Annual report of the Imperial Bacteriologist
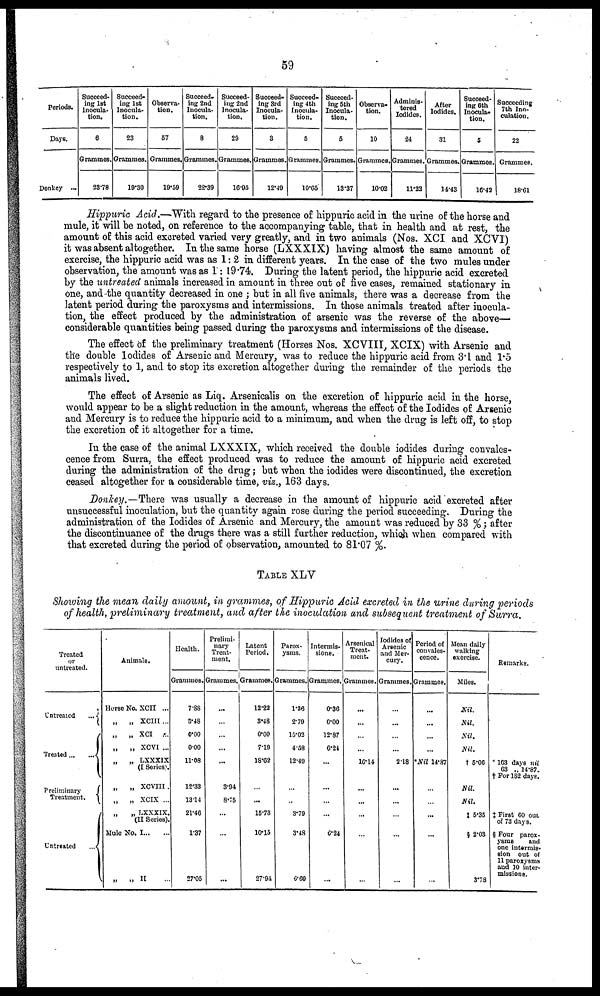
59
Periods.
Days.
Donkey ...
Succeed-
ing 1st
Inocula-
tion.
6
Grammes.
23.78
Succeed-
ing 1st
Inocula-
tion.
23
Grammes.
19.30
Observa-
tion.
57
Grammes.
19.59
Succeed-
ing 2nd
Inocula-
tion.
8
Grammes.
22.39
Succeed-
ing 2nd
Inocula-
tion.
29
Grammes.
16.95
Succeed-
ing 3rd
Inocula-
tion.
3
Grammes.
12.49
Succeed-
ing 4th
Inocula-
tion.
5
Grammes.
10.65
Succeed-
ing 5th
Inocula-
tion.
5
Grammes.
13.37
Observa-
tion.
10
Grammes.
10.02
Adminis-
tered
Iodides.
24
Grammes.
11.22
After
Iodides.
31
Grammes.
14.43
Succeed-
ing 6th
Inocula-
tion.
5
Grammes.
16.43
Succeeding
7th Ino-
culation.
22
Grammes.
18.61
Hippuric Acid.—With regard to the presence of hippuric acid in the urine of the horse and
mule, it will be noted, on reference to the accompanying table, that in health and at rest, the
amount of this acid excreted varied very greatly, and in two animals (Nos. XCI and XCVI)
it was absent altogether. In the same horse (LXXXIX) having almost the same amount of
exercise, the hippuric acid was as 1: 2 in different years. In the case of the two mules under
observation, the amount was as 1: 19.74. During the latent period, the hippuric acid excreted
by the untreated animals increased in amount in three out of five cases, remained stationary in
one, and the quantity decreased in one ; but in all five animals, there was a decrease from the
latent period during the paroxysms and intermissions. In those animals treated after inocula-
tion, the effect produced by the administration of arsenic was the reverse of the above—
considerable quantities being passed during the paroxysms and intermissions of the disease.
The effect of the preliminary treatment (Horses Nos. XCVIII, XCIX) with Arsenic and
the double Iodides of Arsenic and Mercury, was to reduce the hippuric acid from 3.1 and 1.5
respectively to 1, and to stop its excretion altogether during the remainder of the periods the
animals lived.
The effect of Arsenic as Liq. Arsenicalis on the excretion of hippuric acid in the horse,
would appear to be a slight reduction in the amount, whereas the effect of the Iodides of Arsenic
and Mercury is to reduce the hippuric acid to a minimum, and when the drug is left off, to stop
the excretion of it altogether for a time.
In the case of the animal LXXXIX, which received the double iodides during convales-
cence from Surra, the effect produced was to reduce the amount of hippuric acid excreted
during the administration of the drug; but when the iodides were discontinued, the excretion
ceased altogether for a considerable time, viz., 163 days.
Donkey.—There was usually a decrease in the amount of hippuric acid excreted after
unsuccessful inoculation, but the quantity again rose during the period succeeding. During the
administration of the Iodides of Arsenic and Mercury, the amount was reduced by 33 %; after
the discontinuance of the drugs there was a still further reduction, which when compared with
that excreted during the period of observation, amounted to 81.07 %.
TABLE XLV
Showing the mean daily amount, in grammes, of Hippuric Acid excreted in the urine during periods
of health, preliminary treatment, and after the inoculation and subsequent treatment of Surra.
Treated
or
untreated.
Untreated
... {
Treated... ... {
Preliminary
Treatment. {
Untreated
...{
Animals.
Horse No. XCIl ...
„
„ XCIII ...
„
„
XCI ...
„
„ XCVI ...
„
„ LXXXIX
(I Series).
„
„ XCVIII.
„
„ XCIX ...
„
„ LXXXIX.
(II Series).
Mule No. I... ...
„
„ II
Health.
Grammes.
7.88
3.48
0.00
0.00
11.08
12.33
13.14
21.46
1.37
27.05
Prelimi-
nary
Treat-
ment.
Grammes.
...
...
...
...
...
3.94
8.75
...
...
...
Latent
Period.
Grammes.
12.22
3.48
0.00
7.19
18.62
...
...
15.73
10.15
27.94
Parox-
ysms.
Grammes.
1.36
2.79
15.02
4.58
12.49
...
...
3.79
3.48
6.60
Intermis-
sions.
Grammes.
0.36
0.00
12.87
6.24
...
...
...
...
6.24
...
Arsenical
Treat-
ment.
Grammes.
...
...
...
...
16.14
...
...
...
...
...
Iodides of
Arsenic
and Mer-
cury.
Grammes.
...
...
...
...
2.18
...
...
...
...
...
Period of
convales-
cence.
Grammes.
...
...
...
...
*Nil 14.87
...
...
...
...
Mean daily
walking
exercise.
Miles.
Nil.
Nil.
Nil.
Nil.
† 5.06
Nil.
Nil.
‡ 5.35
§ 2.03
3.78
Remarks.
*163 days nil
63 „ 14.87.
† For 182 days.
...
...
‡ First 60 out
of 73 days.
§ Four parox-
ysms
and
one intermis-
sion out of
11 paroxysms
and 10 inter-
missions.